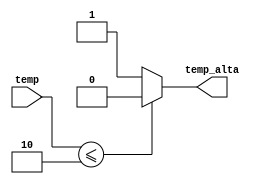
`timescale 1ns / 1ps
//////////////////////////////////////////////////////////////////////////////////
// Company: 
// Engineer: 
// 
// Design Name: 
// Module Name:    decoII 
// Project Name: 
// Target Devices: 
// Tool versions: 
// Description: 
//
// Dependencies: 
//
// Revision: 
// Revision 0.01 - File Created
// Additional Comments: 
//
//////////////////////////////////////////////////////////////////////////////////
module decoII(
	input wire [2:0] temp,
	output reg temp_alta
    );

always @* 

	if(temp<=3'd2)
		temp_alta=1'b0;
	 else 
		temp_alta=1'b1;

endmodule